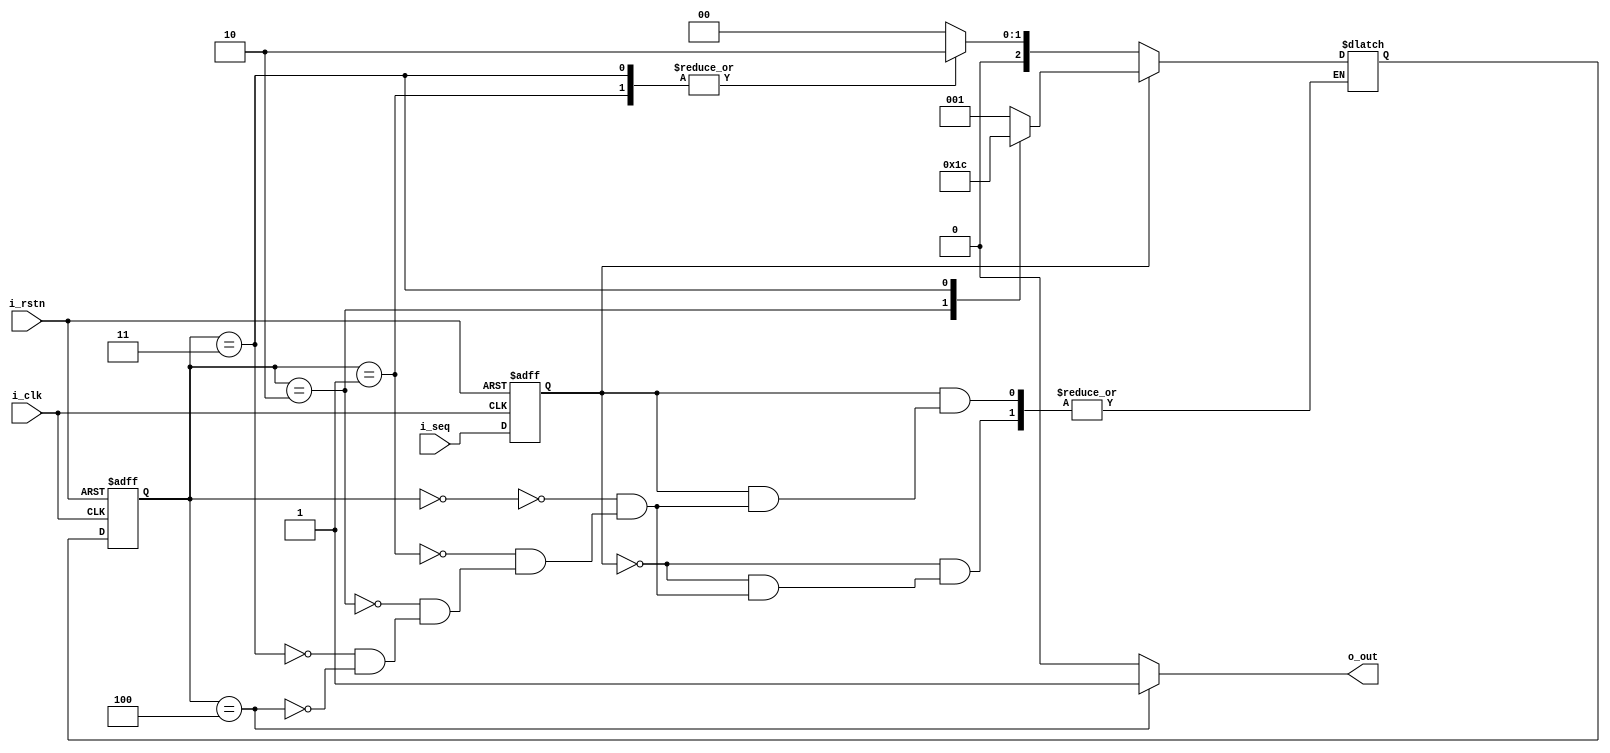


module seq_detect_moore 
(
	output	reg		o_out,
	input			i_seq,
	input			i_clk,
	input			i_rstn
);
	
	reg	[2:0]	cState;
	reg	[2:0]	nState;
	reg			seq;

	//States
	localparam	S_IDLE	=	3'b000;
	localparam	S_H		=	3'b001;
	localparam	S_HL	=	3'b010;
	localparam	S_HLH	=	3'b011;
	localparam	S_HLHH	=	3'b100;


	//State Register
	always @(posedge i_clk or negedge i_rstn) begin
		if(!i_rstn) begin
			cState	<= S_IDLE;
			seq		<= 1'b0;
		end else begin
			cState	<= nState;
			seq		<= i_seq;
		end
	end

	//'Next State' Comb. logic
	always @(*) begin
		if(seq == 1'b0) begin
			case(cState)
				S_IDLE	:	nState	=	S_IDLE;
				S_H	  	:	nState	=	S_HL;
				S_HL  	:	nState	=	S_IDLE;
				S_HLH 	:	nState	=	S_HL;
				S_HLHH	:	nState	=	S_IDLE;
			endcase
		end else begin
			case(cState)
				S_IDLE	:	nState	=	S_H;
                S_H	  	:	nState	=	S_H;
                S_HL  	:	nState	=	S_HLH;
                S_HLH 	:	nState	=	S_HLHH;
                S_HLHH	:	nState	=	S_H;
			endcase
		end
	end

	//'Output' Comb. Logic
	always @(*) begin
		case(cState)
			S_HLHH	:	o_out	= 1'b1;
			default	:	o_out	= 1'b0;
		endcase
	end

	//DEBUG
	`ifdef DEBUG
		reg [32*8-1:0]	stateMonitor;
		always @(*) begin
			case(cState)
			S_IDLE	:	stateMonitor	=	"S_IDLE";
            S_H	  	:	stateMonitor	=	"S_H";
            S_HL  	:	stateMonitor	=	"S_HL";
            S_HLH 	:	stateMonitor	=	"S_HLH";
			S_HLHH	:	stateMonitor	=	"S_HLHH";
			endcase
		end
	`endif
	

endmodule